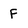
Character: F